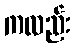
ကလည်း